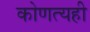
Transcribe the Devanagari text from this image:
कोणत्यही